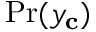
\mathrm { P r } ( y _ { \mathbf { c } } )